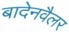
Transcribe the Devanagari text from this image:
बादेनवैलर